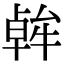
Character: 𪟷